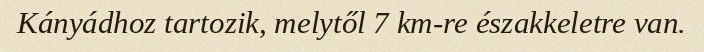
Kányádhoz tartozik, melytől 7 km-re északkeletre van.